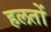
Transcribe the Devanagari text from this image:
हलतों